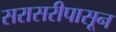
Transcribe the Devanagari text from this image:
सरासरीपासून